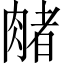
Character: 𬛃